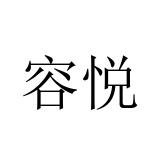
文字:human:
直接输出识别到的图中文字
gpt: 容悦